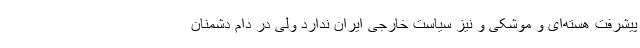
پیشرفت هسته‌ای و موشکی و نیز سیاست خارجی ایران ندارد ولی در دام دشمنان